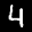
Label: 4